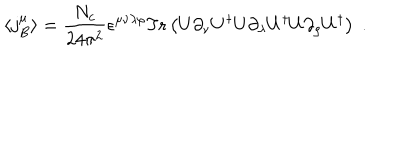
\langle j _ { B } ^ { \mu } \rangle = \frac { N _ { c } } { 2 4 \pi ^ { 2 } } \epsilon ^ { \mu \nu \lambda \rho } \mathrm { T r } \left( U \partial _ { \nu } U ^ { \dagger } U \partial _ { \lambda } U ^ { \dagger } U \partial _ { \rho } U ^ { \dagger } \right) \; .